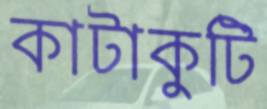
কাটাকুটি